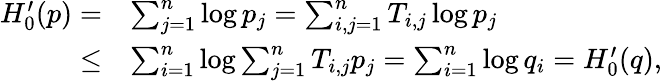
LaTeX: \begin{array}{rl}{H_{0}^{\prime}(p)=}&{\sum_{j=1}^{n}\log{p_{j}}=\sum_{i,j=1}^{n}T_{i,j}\log{p_{j}}}\\ {\leq}&{\sum_{i=1}^{n}\log{\sum_{j=1}^{n}T_{i,j}p_{j}}=\sum_{i=1}^{n}\log{q_{i}}=H_{0}^{\prime}(q),}\end{array}